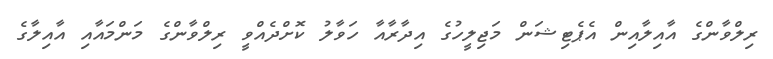
ރިލްވާންގެ އާއިލާއިން އެޕެޓިޝަން މަޖިލީހުގެ އިދާރާއާ ހަވާލު ކޮށްދެއްވީ ރިލްވާންގެ މަންމައާއި އާއިލާގެ